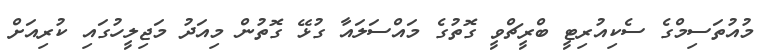
މުއުތަސިމްގެ ސެކިއުރިޓީ ބްރީޗްވީ ގޮތުގެ މައްސަލައާ ގުޅޭ ގޮތުން މިއަދު މަޖިލީހުގައި ކުރިއަށް